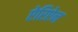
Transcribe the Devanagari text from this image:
ऐरिऐन